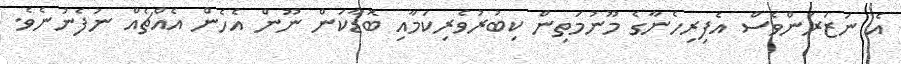
އެ ނަޒަރަންވެސް އެފިރިހެނާގެ މޫނުމަތިން ކިބުރުވެރިކަމާއި ބޮޑާކަން ނޫން އެހެން އެއްޗެއް ނުފެނުނެވެ.